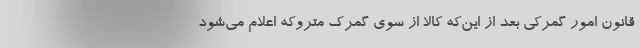
قانون امور گمرکی بعد از این‌که کالا از سوی گمرک متروکه اعلام می‌شود